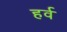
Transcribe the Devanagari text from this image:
हर्व